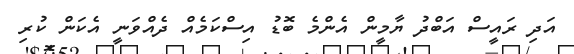
އަދި ރައީސް އަބްދު ޔާމީން އެންމެ ބޮޑު އިސްކަމެއް ދެއްވަނީ އެކަން ކުރި